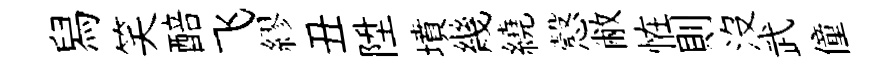
舄笑醅飞繆丑陞墳幾繞慤敝恠則沒武僮